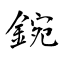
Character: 鋺